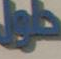
طول